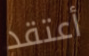
أعتقد